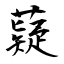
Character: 薿